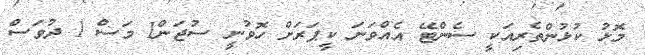
މޮޅު ކުޅުންތެރިއަކީ ސެންޓޭ އެއްވަނަ ކީޕަރަށް ހޮވުނީ ސުޖަން1 މަސް 1 ދުވަސް